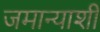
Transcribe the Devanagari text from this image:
जमान्याशी